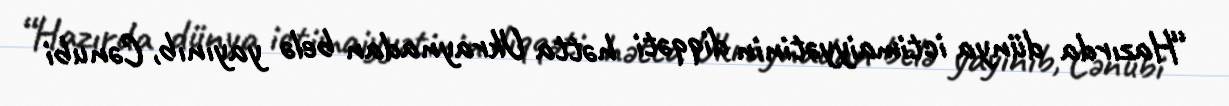
“Hazırda dünya ictimaiyyətinin diqqəti hətta Ukraynadan belə yayınıb, Cənubi